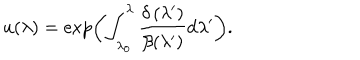
u ( \lambda ) = \exp \left( \int _ { \lambda _ { 0 } } ^ { \lambda } \frac { \delta \left( \lambda ^ { \prime } \right) } { \beta ( \lambda ^ { \prime } ) } \mathrm { d } \lambda ^ { \prime } \right) .